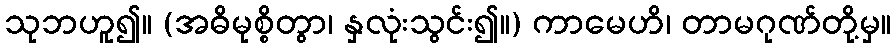
သုဘဟူ၍။ (အဓိမုစ္စိတွာ၊ နှလုံးသွင်း၍။) ကာမေဟိ၊ တာမဂုဏ်တို့မှ။